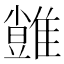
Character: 𩀙